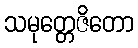
သမုတ္တေဇိတော